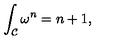
\int _ { \cal C } \omega ^ { n } = n + 1 ,